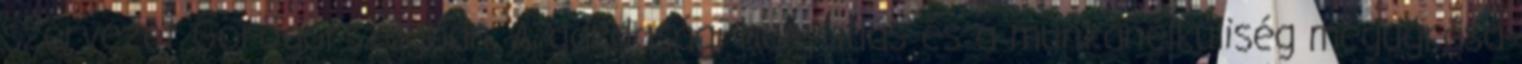
szervezet Görögországban. A gazdasági hanyatlás és a munkanélküliség megugrása